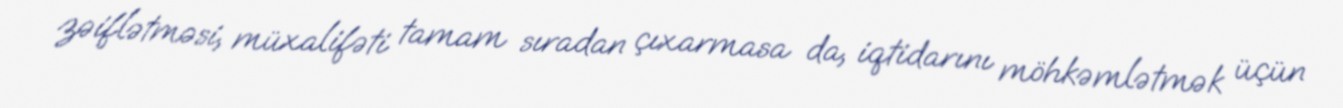
zəiflətməsi, müxalifəti tamam sıradan çıxarmasa da, iqtidarını möhkəmlətmək üçün